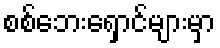
စစ်ဘေးရှောင်များမှာ